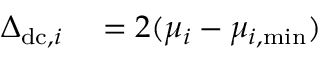
\begin{array} { r l } { \Delta _ { \mathrm { d c } , i } } & { { } = 2 ( \mu _ { i } - \mu _ { i , \mathrm { m i n } } ) } \end{array}